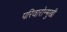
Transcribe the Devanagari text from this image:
परिवारोन्मुखी